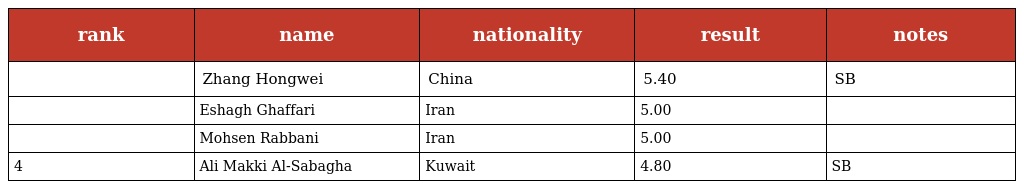
| rank | name | nationality | result | notes |
 | --- | --- | --- | --- | --- |
 |  | Zhang Hongwei | China | 5.40 | SB |
 |  | Eshagh Ghaffari | Iran | 5.00 |  |
 |  | Mohsen Rabbani | Iran | 5.00 |  |
 | 4 | Ali Makki Al-Sabagha | Kuwait | 4.80 | SB |